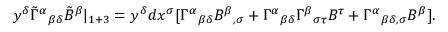
y ^ { \delta } \tilde { \Gamma } ^ { \alpha } { } _ { \beta \delta } \tilde { B } ^ { \beta } | _ { 1 + 3 } = y ^ { \delta } d x ^ { \sigma } [ \Gamma ^ { \alpha } { } _ { \beta \delta } B ^ { \beta } { } _ { , \sigma } + \Gamma ^ { \alpha } { } _ { \beta \delta } \Gamma ^ { \beta } { } _ { \sigma \tau } B ^ { \tau } + \Gamma ^ { \alpha } { } _ { \beta \delta , \sigma } B ^ { \beta } ] .